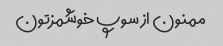
ممنون از سوپ خوشمزتون